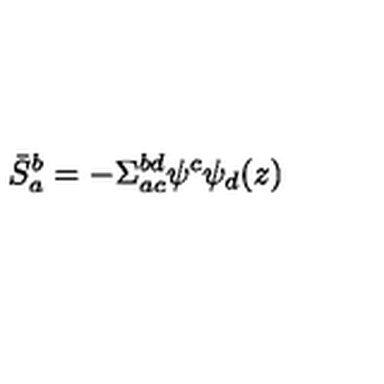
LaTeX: \bar { S } _ { a } ^ { b } = - \Sigma _ { a c } ^ { b d } \psi ^ { c } \psi _ { d } ( z )